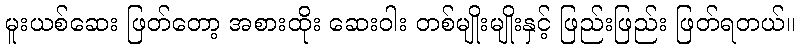
မူးယစ်ဆေး ဖြတ်တော့ အစားထိုး ဆေးဝါး တစ်မျိုးမျိုးနှင့် ဖြည်းဖြည်း ဖြတ်ရတယ်။